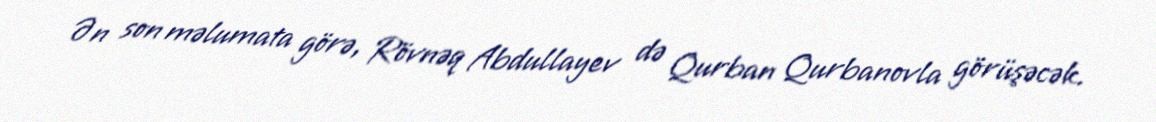
Ən son məlumata görə, Rövnəq Abdullayev də Qurban Qurbanovla görüşəcək.